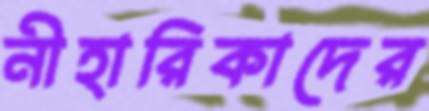
নীহারিকাদের